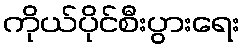
ကိုယ်ပိုင်စီးပွားရေး